Annual administration report of the Civil Veterinary Department, Ajmere-Merwara, British Rajputana - 1914-1940
Year: 1914
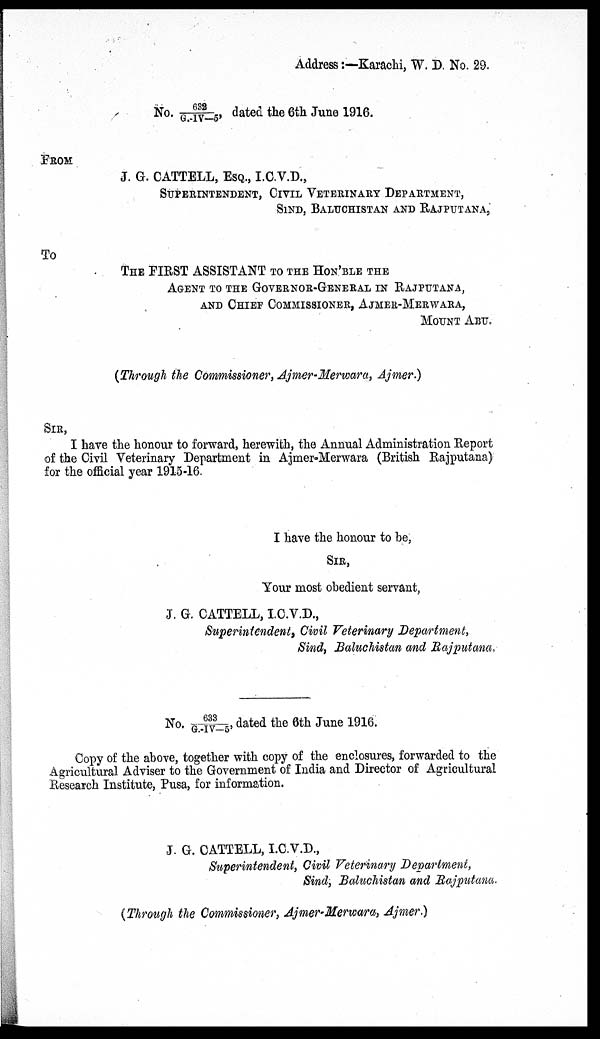
Address:—Karachi, W. D. No. 29.
No. 632/G.-IV-5, dated the 6th June 1916.
FORM
J. G. CATTELL, ESQ., I.C.V.D.,
SUPERINTENDENT, CIVIL VETERINARY DEPARTMENT,
SIND, BALUCHISTAN AND RAJPUTANA,
To
THE FIRST ASSISTANT TO THE HON'BLE THE
AGENT TO THE GOVERNOR-GGENERAL IN RAJPUTANA,
AND CHIEF COMMISNER, AJMER-MERWARA,
MOUNT ABU.
(Through the Commissioner, Ajmer-Merwara, Ajmer.)
SIR,
I have the honour to forward, herewith, the Annual Administration Report
of the Civil Veterinary Department in Ajmer-Merwara (British Rajputana)
for the official year 1915-16.
I have the honour to be,
SIR,
Your most obedient servant,
J. G. CATTELL, I.C.V.D.,
Superintendent, Civil Veterinary Department,
Sind, Baluchistan and Rajputana.
No. 633/G.-IV-5, dated the 6th June 1916.
Copy of the above, together with copy of the enclosures, forwarded to the
Agricultural Adviser to the Government of India and Director of Agricultural
Research Institute, Pusa, for information.
J. G. CATTELL, I.C.V.D.,
Superintendent, Civil Veterinary Department,
Sind, Baluchistan and Rajputana.
(Through the Commissioner, Ajmer-Merwara, Ajmer.)